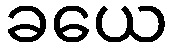
ခယေ